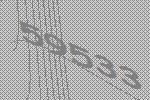
59533